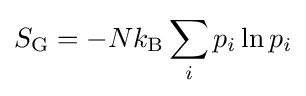
S_{\mathrm {G} }=-Nk_{\mathrm {B} }\sum _{i}p_{i}\ln p_{i}